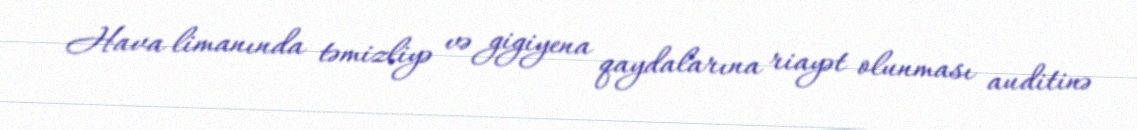
Hava limanında təmizliyə və gigiyena qaydalarına riayət olunması auditinə